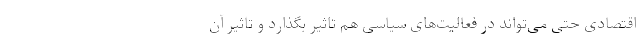
اقتصادی حتی می‌تواند در فعالیت‌های سیاسی هم تاثیر بگذارد و تاثیر آن